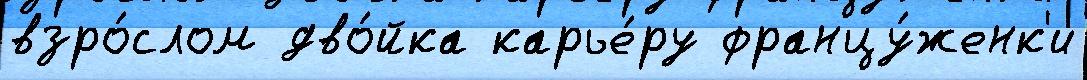
взро́слом дво́йка карье́ру францу́женк'и